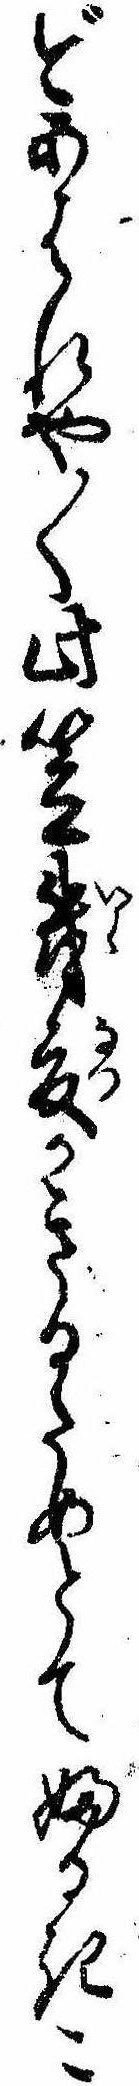
ずあはれや〱此笠幾夏かきるためとてふるきこ